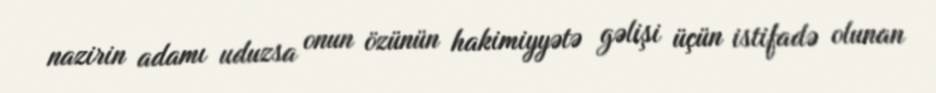
nazirin adamı uduzsa onun özünün hakimiyyətə gəlişi üçün istifadə olunan